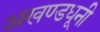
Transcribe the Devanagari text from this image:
अखण्डधूनी